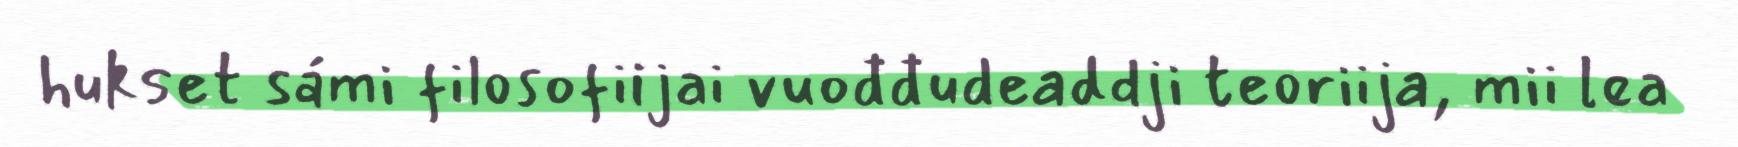
hukset sámi filosofiijai vuođđudeaddji teoriija, mii lea